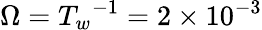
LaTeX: \Omega={T_{w}}^{-1}=2\times 10^{-3}